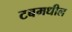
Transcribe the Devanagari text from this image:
टबमधील